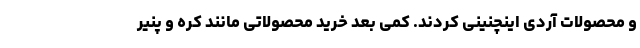
و محصولات آردی اینچنینی کردند. کمی بعد خرید محصولاتی مانند کره و پنیر